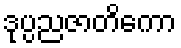
ဒုပ္ပညဇာတိကော